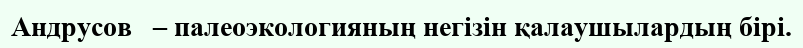
Андрусов   – палеоэкологияның негізін қалаушылардың бірі.